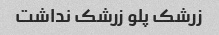
زرشک پلو زرشک نداشت